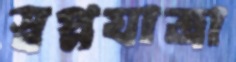
স্বপ্নযাত্রা